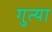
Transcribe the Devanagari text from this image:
गुत्या